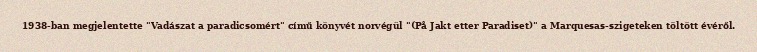
1938-ban megjelentette "Vadászat a paradicsomért" című könyvét norvégül "(På Jakt etter Paradiset)" a Marquesas-szigeteken töltött évéről.